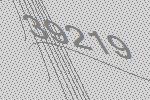
39219